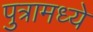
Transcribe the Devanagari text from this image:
पुत्रामध्ये